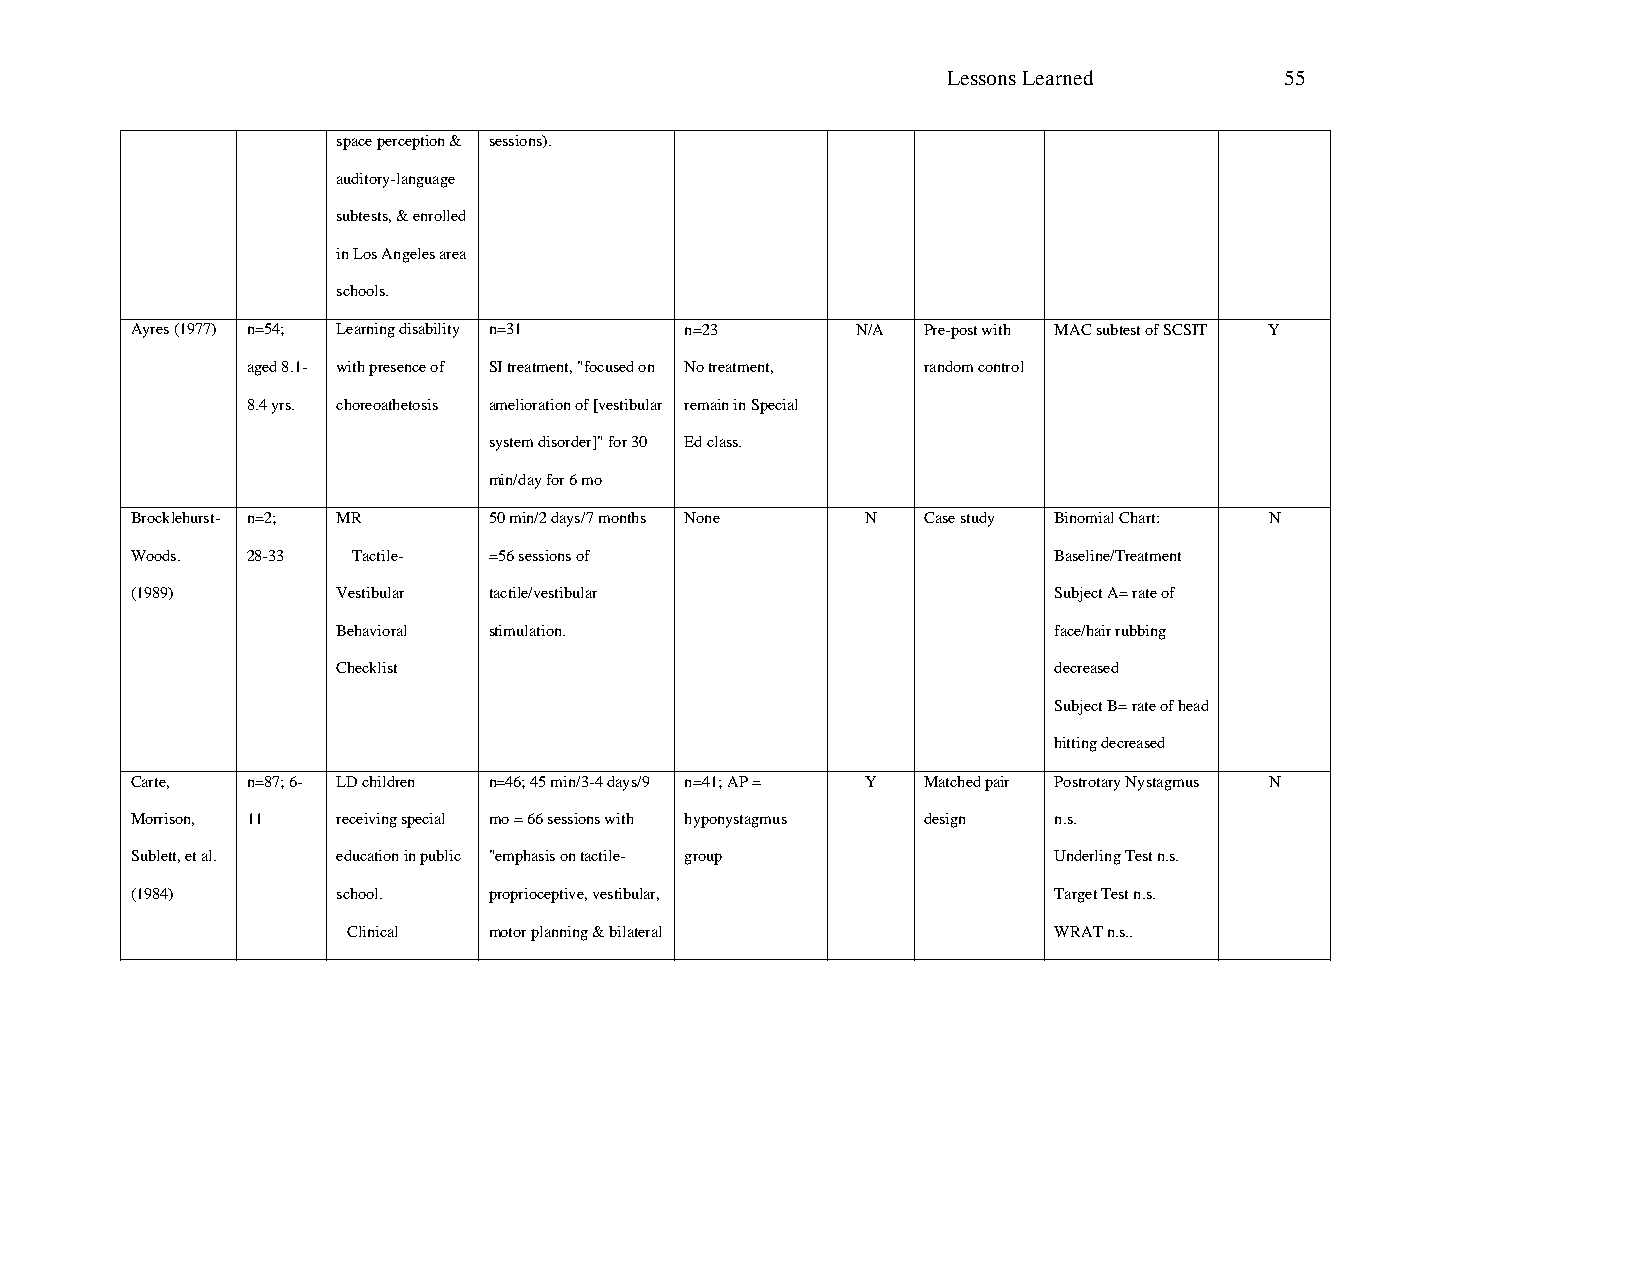
Lessons Learned       55
 space perception & sessions).
 auditory-language
 subtests, & enrolled
 in Los Angeles area
 schools.
 Ayres (1977) n=54; Learning disability n=31 n=23 N/A Pre-post with MAC subtest of SCSIT Y
 aged 8.1- with presence of SI treatment, "focused on No treatment, random control
 8.4 yrs. choreoathetosis amelioration of [vestibular remain in Special
 system disorder]" for 30 Ed class.
 min/day for 6 mo
 Brocklehurst- n=2; MR  50 min/2 days/7 months None N Case study Binomial Chart: N
 Woods. 28-33  Tactile- =56 sessions of                       Baseline/Treatment
 (1989)       Vestibular tactile/vestibular                   Subject A= rate of
 Behavioral stimulation.                         face/hair rubbing
 Checklist                                       decreased
 Subject B= rate of head
 hitting decreased
 Carte, n=87; 6- LD children n=46; 45 min/3-4 days/9 n=41; AP = Y Matched pair Postrotary Nystagmus N
 Morrison, 11 receiving special mo = 66 sessions with hyponystagmus design n.s.
 Sublett, et al. education in public "emphasis on tactile- group Underling Test n.s.
 (1984)       school.   proprioceptive, vestibular,           Target Test n.s.
 Clinical motor planning & bilateral            WRAT n.s..